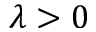
\lambda > 0